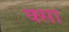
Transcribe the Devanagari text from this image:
क्सा